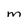
Character: M